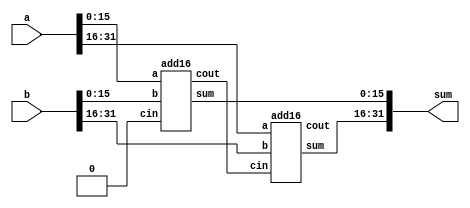
module top_module(
    input [31:0] a,
    input [31:0] b,
    output [31:0] sum
);
wire c1;
add16 add1(
    .a(a[15:0]),
    .b(b[15:0]),
    .cin(1'b0),
    .sum(sum[15:0]),
    .cout(c1)
);
add16 add2(
    .a(a[31:16]),
    .b(b[31:16]),
    .cin(c1),
    .sum(sum[31:16]),
    .cout()
);
endmodule

module add1 ( 
    input a, input b, 
    input cin,   
    output sum, 
    output cout 
    );
assign sum = a ^ b ^ cin;
assign cout = ((a ^ b) & cin) | (a & b);

// Full adder module here

endmodule


module add16 (
    input [15:0] a,
    input [15:0] b,
    input cin,
    output [15:0] sum,
    output cout
);
wire [14:0] c;
genvar i;
generate
    for (i = 0; i < 16; i = i + 1) begin : adders
        if (i == 0)
            add1 adders(
            .a(a[i]),
            .b(b[i]),
            .cin(cin),
            .sum(sum[i]),
            .cout(c[i])
            );
        else if (i == 15)
            add1 adders(
            .a(a[i]),
            .b(b[i]),
            .cin(c[i-1]),
            .sum(sum[i]),
            .cout(cout)
            );
        else
            add1 adders(
            .a(a[i]),
            .b(b[i]),
            .cin(c[i-1]),
            .sum(sum[i]),
            .cout(c[i])
            );
    end
endgenerate
endmodule